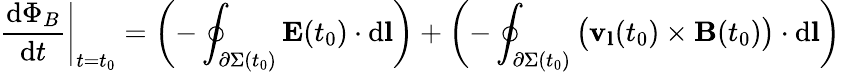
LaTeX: \left.{\frac{\mathrm{d}\Phi_{B}}{\mathrm{d}t}}\right|_{t=t_{0}}=\left(-\oint_{\partial\Sigma(t_{0})}\mathbf{E}(t_{0})\cdot\mathrm{d}\mathbf{l}\right)+\left(-\oint_{\partial\Sigma(t_{0})}{\bigl(}\mathbf{v}_{\mathbf{l}}(t_{0})\times\mathbf{B}(t_{0}){\bigr)}\cdot\mathrm{d}\mathbf{l}\right)